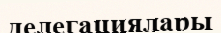
делегациялары